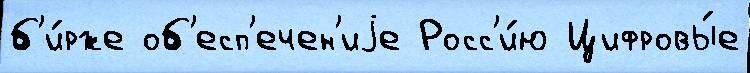
б'и́рже об'есп'ечен'иjе Росс'и́ю Цифровы́е